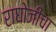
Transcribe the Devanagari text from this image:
राघोजींचा